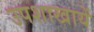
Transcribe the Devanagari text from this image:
उपशाखायें